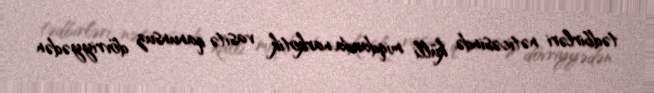
tədbirləri nəticəsində külli miqdarda narkotik vasitə qanunsuz dövriyyədən